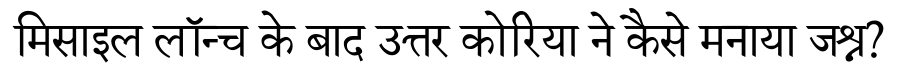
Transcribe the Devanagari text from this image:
मिसाइल लॉन्च के बाद उत्तर कोरिया ने कैसे मनाया जश्न?